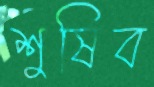
শুষিব